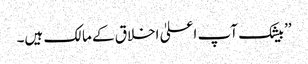
’’بیشک آپ اعلیٰ اخلاق کے مالک ہیں۔